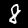
Label: 8